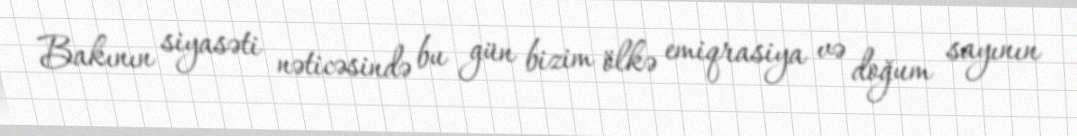
Bakının siyasəti nəticəsində bu gün bizim ölkə emiqrasiya və doğum sayının